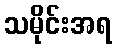
သမိုင်းအရ